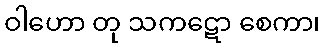
ဝါဟော တု သကဋော စေကာ၊